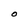
Character: O